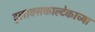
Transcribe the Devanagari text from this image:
ट्लाक्सकाल्टेकाच्या